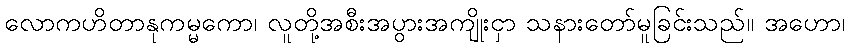
လောကဟိတာနုကမ္မကော၊ လူတို့အစီးအပွားအကျိုးငှာ သနားတော်မူခြင်းသည်။ အဟော၊